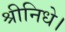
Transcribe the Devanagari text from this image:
श्रीनिधे।